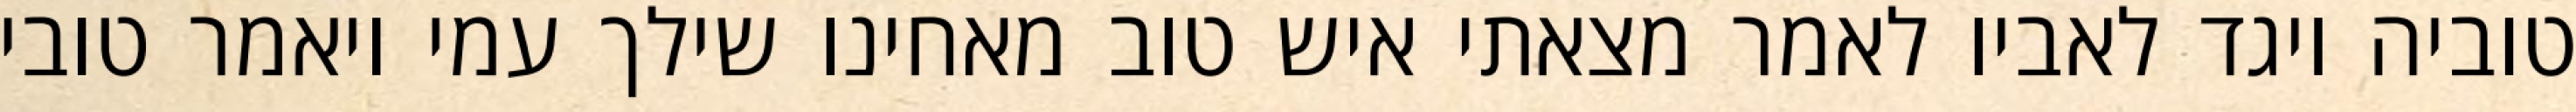
טוביה ויגד לאביו לאמר מצאתי איש טוב מאחינו שילך עמי ויאמר טובי